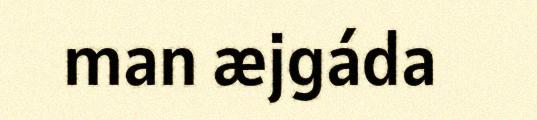
man æjgáda